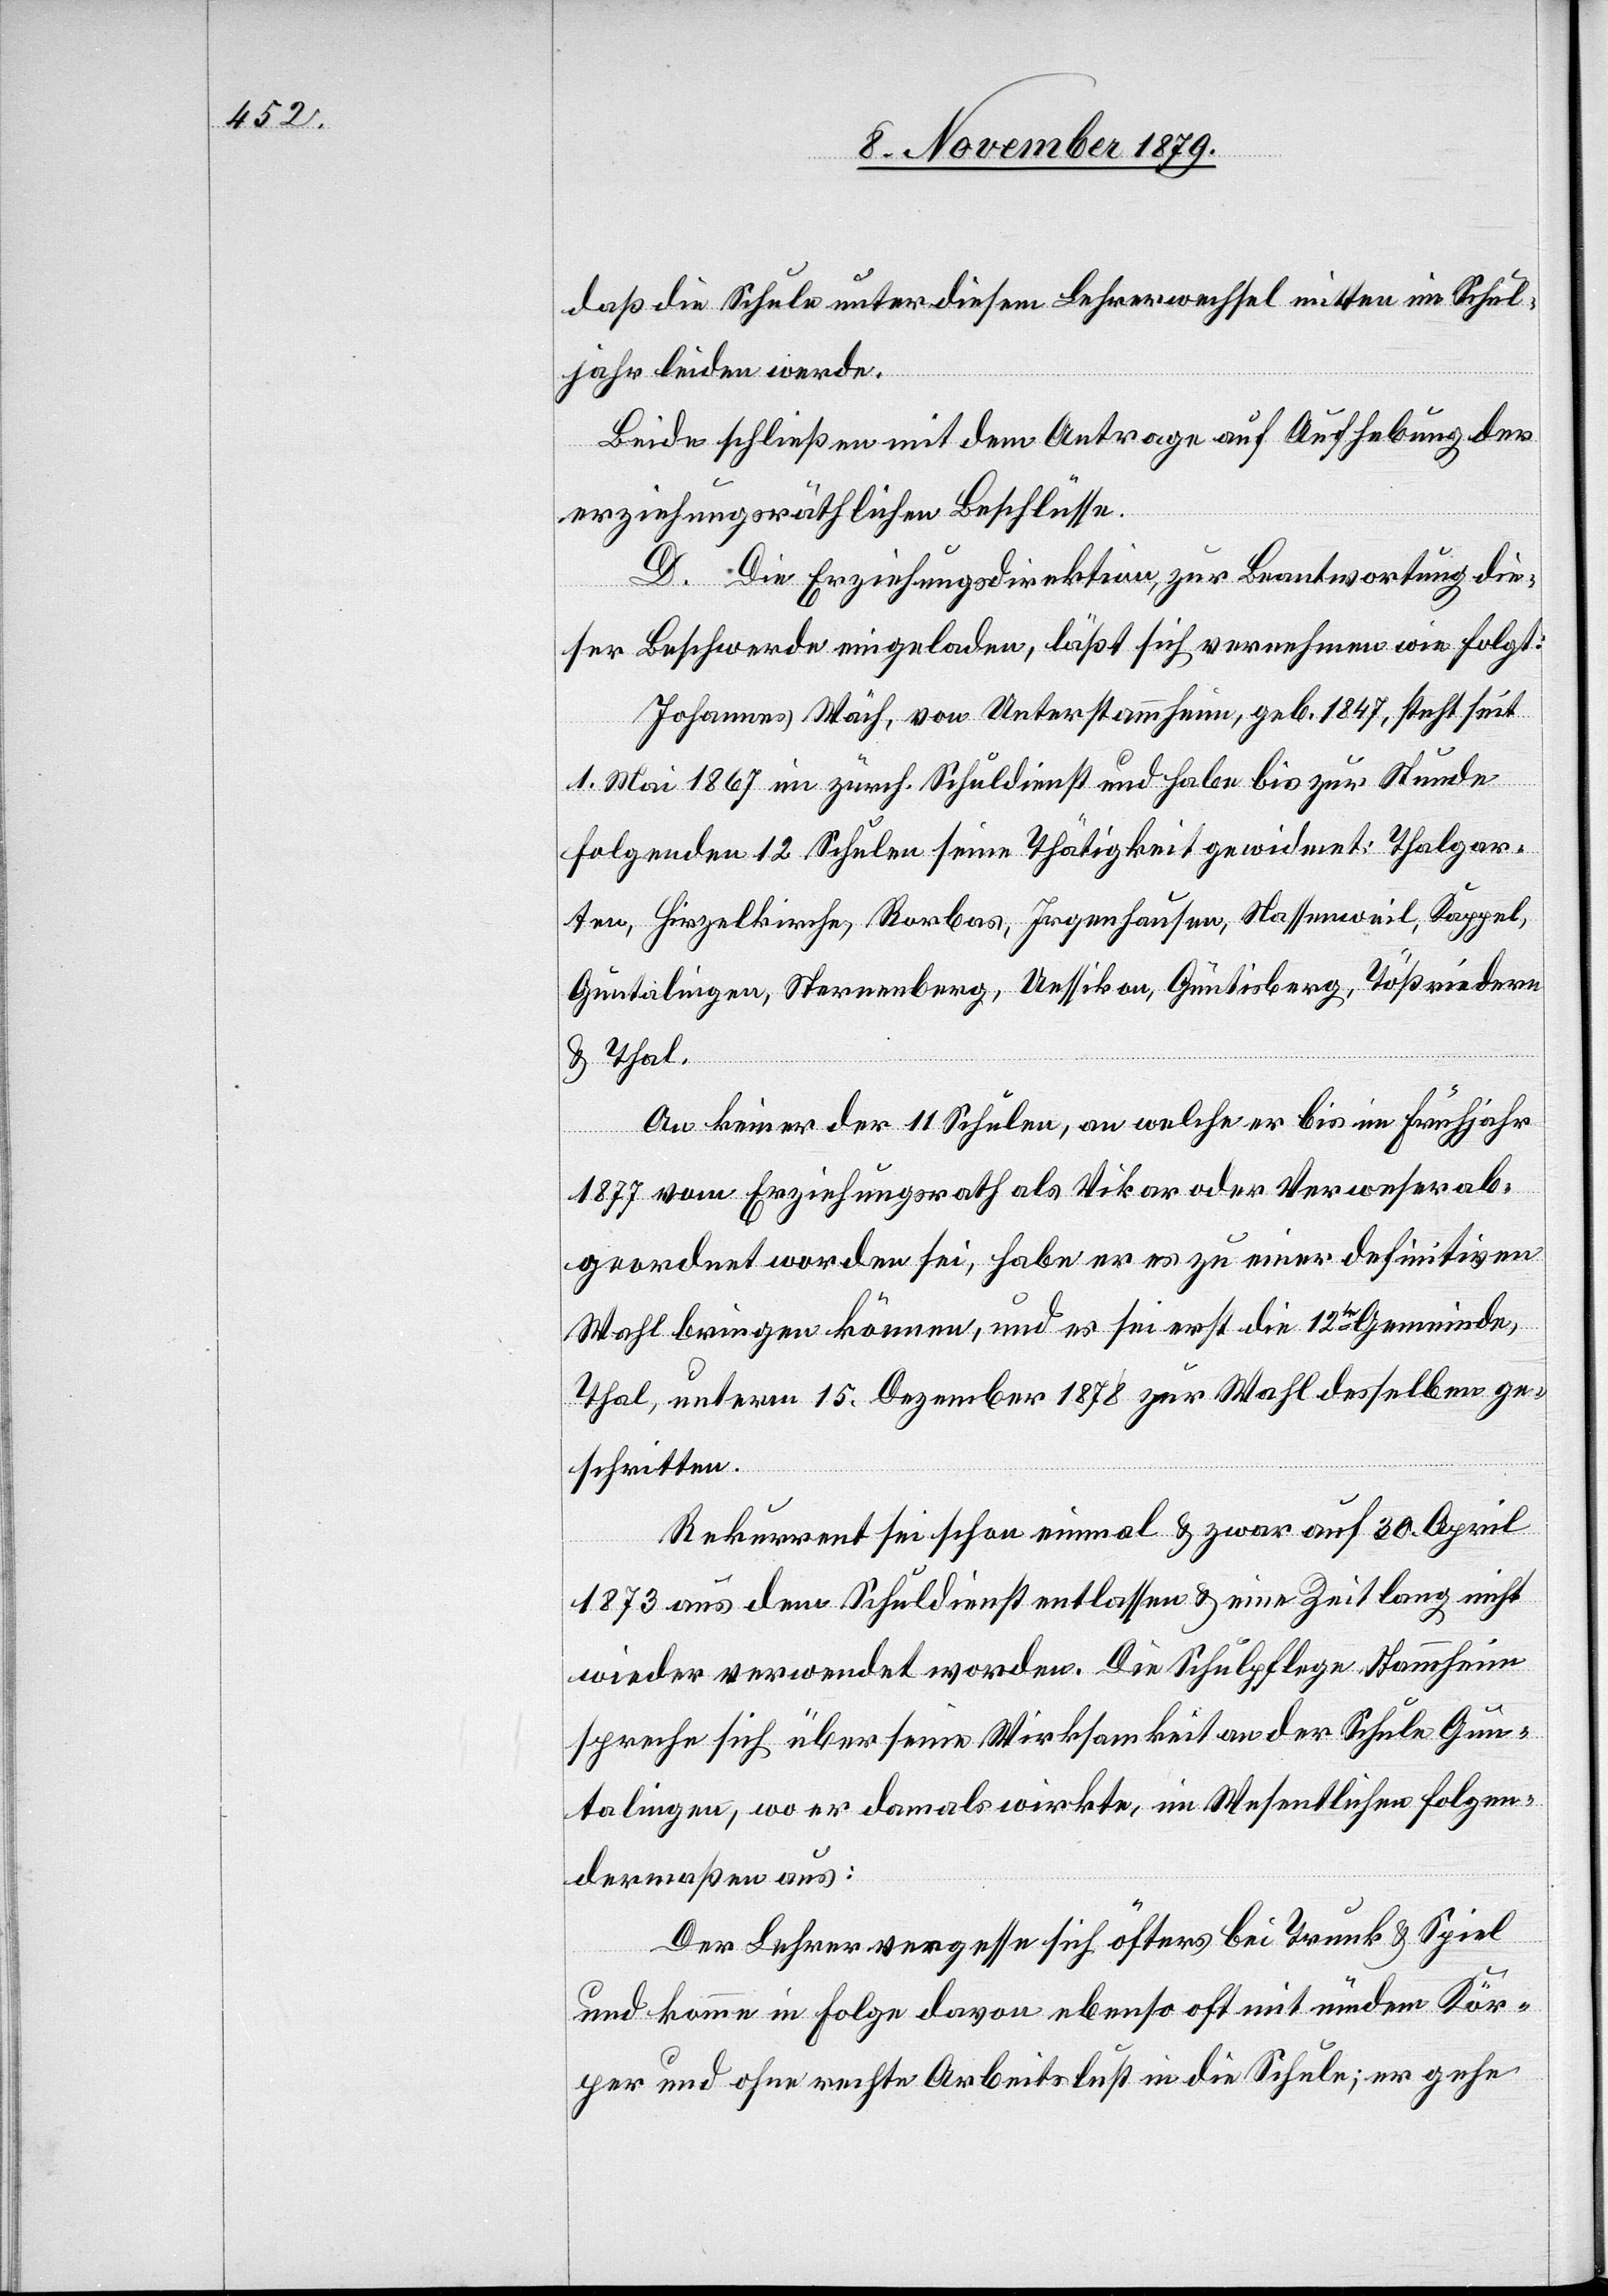
daß die Schule unter diesem Lehrerwechsel mitten im Schul¬
jahr leiden werde.
Leider schließen mit dem Antrage auf Aufhebung der
erziehungsräthlichen Beschlüsse.
D. Die Erziehungsdirektion, zur Beantwortung die¬
ser Beschwerde eingeladen, läßt sich vernehmen wie folgt:
Johannes Wäch, von Unterstammheim, geb. 1847, steht seit
1. Mai 1867 im zürch. Schuldienst und habe bis zur Stunde
folgenden 12 Schulen seine Thätigkeit gewidmet: Thalgar¬
ten, Hirzelkirche, Rorbas, Irgenhausen, Nassenweil, Kappel,
Guntalingen, Sternenberg, Uessikon, Guntisberg, Tößriedern
& Thal.
An keiner der 11 Schulen, an welchen er bis im Frühjahr
1877 vom Erziehungsrath als Vikar oder Verweser ab¬
geordnet worden sei, habe er es zu einer definitiven
Wahl bringen können, und es sei erst die 12te Gemeinde,
Thal, unterm 15. Dezember 1878 zur Wahl desselben ge¬
schritten.
Rekurrent sei schon einmal & zwar auf 30. April
1873 aus dem Schuldienst entlassen & eine Zeit lang nicht
wieder verwendet worden. Die Schulpflege Stammheim
spreche sich über seine Wirksamkeit an der Schule Gun¬
talingen, wo er damals wirkte, im Wesentlichen folgen¬
dermaßen aus:
Der Lehrer vergesse sich öfters bei Trunk & Spiel
und komme in Folge davon ebenso oft mit müdem Kör¬
per und ohne rechte Arbeitslust in die Schule; er gehe